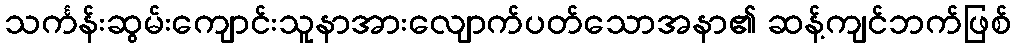
သင်္ကန်းဆွမ်းကျောင်းသူနာအားလျောက်ပတ်သောအနာ၏ ဆန့်ကျင်ဘက်ဖြစ်